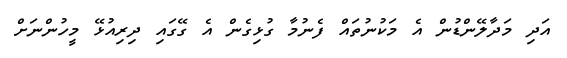
އަދި މަދާލޭންޑުން އެ މަކުނުތައް ފެނުމާ ގުޅިގެން އެ ގޭގައި ދިރިއުޅޭ މީހުންނަށް